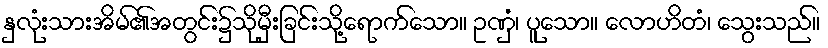
နှလုံးသားအိမ်၏အတွင်း၌သိုမှီးခြင်းသို့ရောက်သော။ ဥဏှံ၊ ပူသော။ လောဟိတံ၊ သွေးသည်။